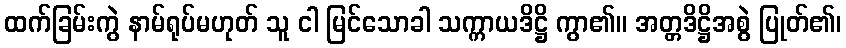
ထက်ခြမ်းကွဲ နာမ်ရုပ်မဟုတ် သူ ငါ မြင်သောခါ သက္ကာယဒိဋ္ဌိ ကွာ၏။ အတ္တဒိဋ္ဌိအစွဲ ပြုတ်၏၊